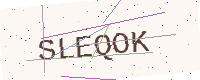
Text: SLEQOK